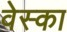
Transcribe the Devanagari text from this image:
वेस्का